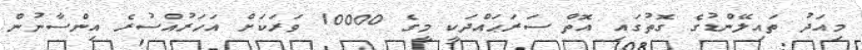
މިއަދު ތައިލޭންޑުގެ ގޮތުގައި އޮތް ސަރަޙައްދަކީ މީގެ 10000 ވަރަކަށް އަހަރުއްސުރެ އިންސާނުން